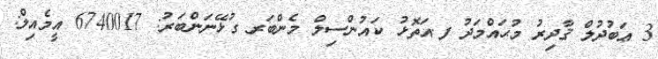
3 ޢަބުދުލް ޤާދިރު މުޙައްމަދު ފ.އަތޮޅު ކައުންސިލް މެންބަރ ގުޅޭނަންބަރު: 6740017 އީމެއިލް: